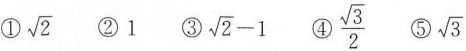
① \sqrt{2} ②1 ③ $$\sqrt{2}-1$$ ④ \frac{\sqrt{3}}{2} ⑤ \sqrt{3}